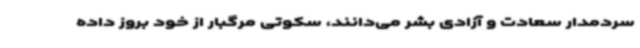
سردمدار سعادت و آزادی بشر می‌دانند، سکوتی مرگبار از خود بروز داده